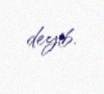
deyib.